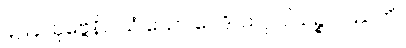
၄၂၄။ ပုဗ္ဗေနိဝါသံ ယော ဝေဒိ၊ သဂ္ဂါပါယဉ္စ ပဿတိ။